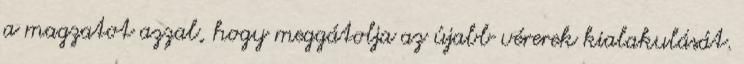
a magzatot azzal, hogy meggátolja az újabb vérerek kialakulását.